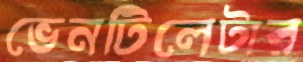
ভেনটিলেটার